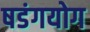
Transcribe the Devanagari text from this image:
षडंगयोग